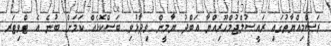
ރަސްމިއްޔާތުގައި ރައީސުލްޖުމްހޫރިއްޔާ އަބްދު ޔާމީން ވިދާޅުވި ބަސްކޮޅެއް ކަމަށް ބުނެ އެ ޓްވިޓަރ